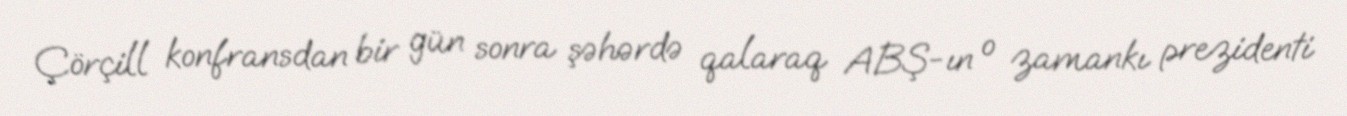
Çörçill konfransdan bir gün sonra şəhərdə qalaraq ABŞ-ın o zamankı prezidenti